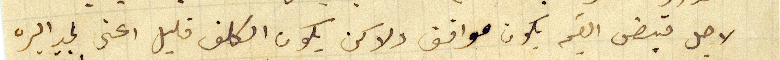
لاجل قبض القيمه يكون موافق ولاكن يكون الكلف قليل اعنى لحد اليره